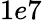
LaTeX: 1e7